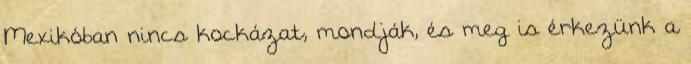
Mexikóban nincs kockázat, mondják, és meg is érkezünk a